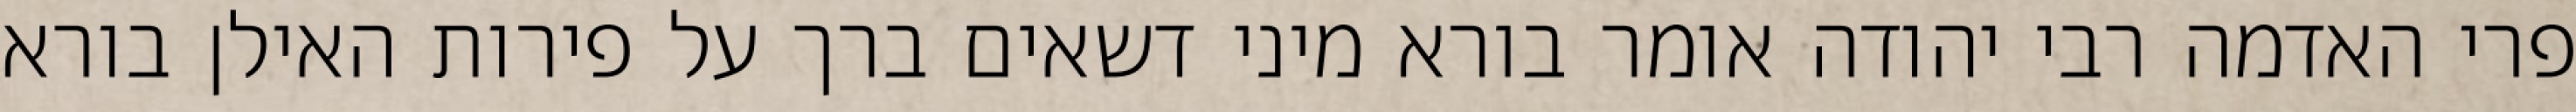
פרי האדמה רבי יהודה אומר בורא מיני דשאים ברך על פירות האילן בורא